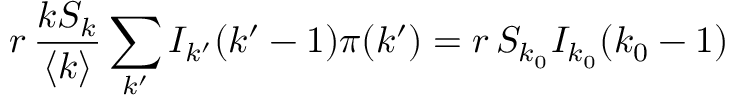
r \, \frac { k S _ { k } } { \langle k \rangle } \sum _ { k ^ { \prime } } I _ { k ^ { \prime } } ( k ^ { \prime } - 1 ) \pi ( k ^ { \prime } ) = r \, S _ { k _ { 0 } } I _ { k _ { 0 } } ( k _ { 0 } - 1 )